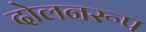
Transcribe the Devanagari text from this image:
दोलनरूप